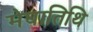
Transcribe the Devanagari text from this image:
मेघातिथि